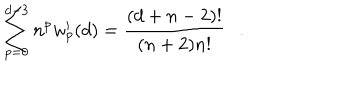
\sum _ { p = 0 } ^ { d - 3 } n ^ { p } w _ { p } ^ { \prime } ( d ) = { \frac { ( d + n - 2 ) ! } { ( n + 2 ) n ! } } .